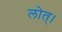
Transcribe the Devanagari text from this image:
लोत्।